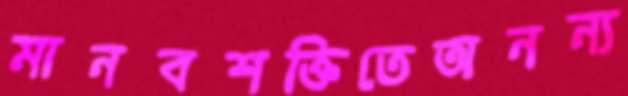
মানবশক্তিতেঅনন্য